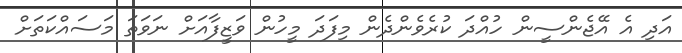
އަދި އެ އޭޖެންސީން ހުއްދަ ކުރެވެންދެން މިފަދަ މީހުން ވަޒީފާއަށް ނަވަތަ މަސައްކަތަށް